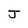
Character: J